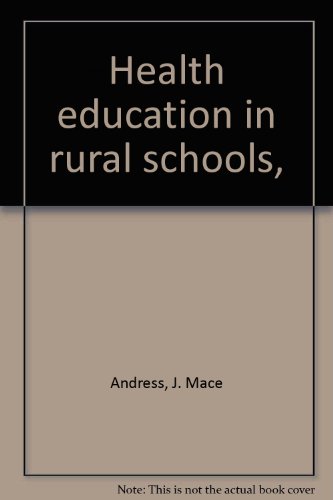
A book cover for Health education in rural schools,; J. Mace Andress; Medical Books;